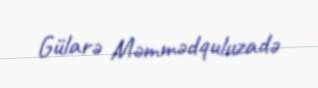
Gülarə Məmmədquluzadə